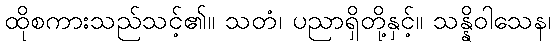
ထိုစကားသည်သင့်၏။ သတံ၊ ပညာရှိတို့နှင့်။ သန္နိဝါသေန၊